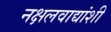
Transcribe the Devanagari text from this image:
नक्षलवाद्यांशी